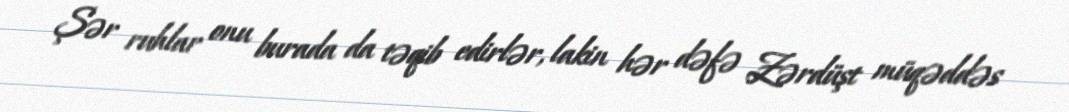
Şər ruhlar onu burada da təqib edirlər, lakin hər dəfə Zərdüşt müqəddəs